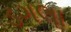
ડગલા